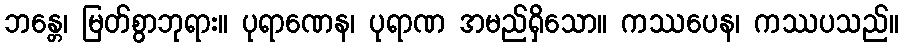
ဘန္တေ၊ မြတ်စွာဘုရား။ ပုရာဏေန၊ ပုရာဏ အမည်ရှိသော။ ကဿပေန၊ ကဿပသည်။